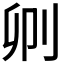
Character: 𠛓